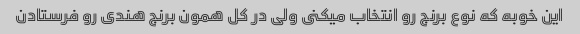
این خوبه که نوع برنج رو انتخاب میکنى ولى در کل همون برنج هندى رو فرستادن